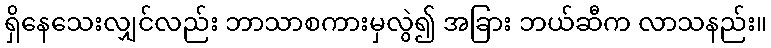
ရှိနေသေးလျှင်လည်း ဘာသာစကားမှလွဲ၍ အခြား ဘယ်ဆီက လာသနည်း။